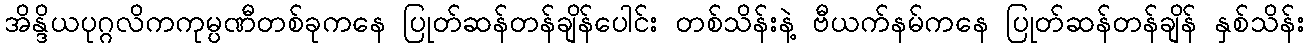
အိန္ဒိယပုဂ္ဂလိကကုမ္ပဏီတစ်ခုကနေ ပြုတ်ဆန်တန်ချိန်ပေါင်း တစ်သိန်းနဲ့ ဗီယက်နမ်ကနေ ပြုတ်ဆန်တန်ချိန် နှစ်သိန်း